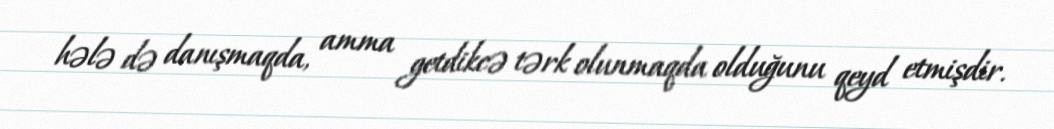
hələ də danışmaqda, amma getdikcə tərk olunmaqda olduğunu qeyd etmişdir.